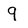
Character: 9